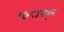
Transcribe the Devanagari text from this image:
१७८४पासून